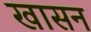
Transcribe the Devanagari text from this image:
खासन